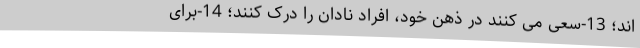
اند؛ 13-سعی می­ کنند در ذهن خود، افراد نادان را درک کنند؛ 14-برای